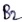
Text: B2